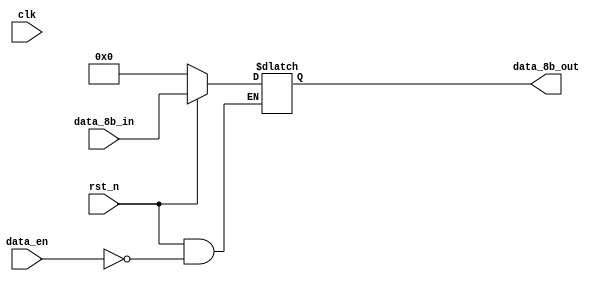
module latch_8bit(
    input           clk,
    input           rst_n,
    input [7:0]     data_8b_in,
    input           data_en,
    output reg [7:0]     data_8b_out
);

    always @ (rst_n or data_en or data_8b_in) begin
        if (!rst_n) begin
            data_8b_out <= 8'h00;
        end
        else begin
            if (data_en) begin
                data_8b_out <= data_8b_in;
            end
            else data_8b_out <= data_8b_out;
        end
    end

endmodule